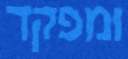
ומפקד